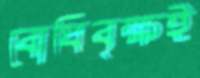
বোধিবৃক্ষই